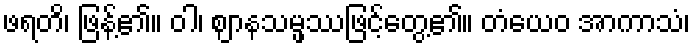
ဖရတိ၊ ဖြန့်၏။ ဝါ၊ ဈာနသမ္ဖဿဖြင့်တွေ့၏။ တံယေဝ အာကာသံ၊